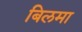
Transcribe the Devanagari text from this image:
बिलमा